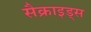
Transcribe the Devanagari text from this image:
सैक्राइड्स